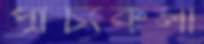
প্রাচ্যকলা